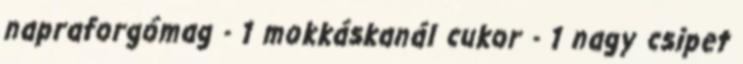
napraforgómag - 1 mokkáskanál cukor - 1 nagy csipet